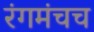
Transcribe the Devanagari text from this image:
रंगमंचच